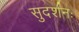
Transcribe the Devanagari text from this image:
सुदर्शनः